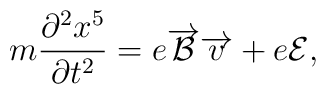
m\frac{\partial ^{2}x^{5}}{\partial t^{2}}=e\overrightarrow{{\cal {B}}} \overrightarrow{v}+e{\cal {E}},